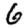
Digit: 6